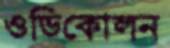
ওডিকোলন